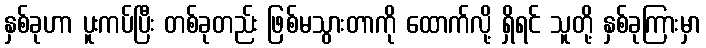
နှစ်ခုဟာ ပူးကပ်ပြီး တစ်ခုတည်း ဖြစ်မသွားတာကို ထောက်လို့ ရှိရင် သူတို့ နှစ်ခုကြားမှာ